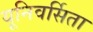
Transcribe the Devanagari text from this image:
यूनिवर्सिता